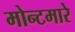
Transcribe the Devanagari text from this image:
मोन्टमारे